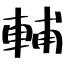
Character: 輔